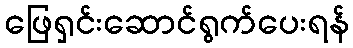
ဖြေရှင်းဆောင်ရွက်ပေးရန်